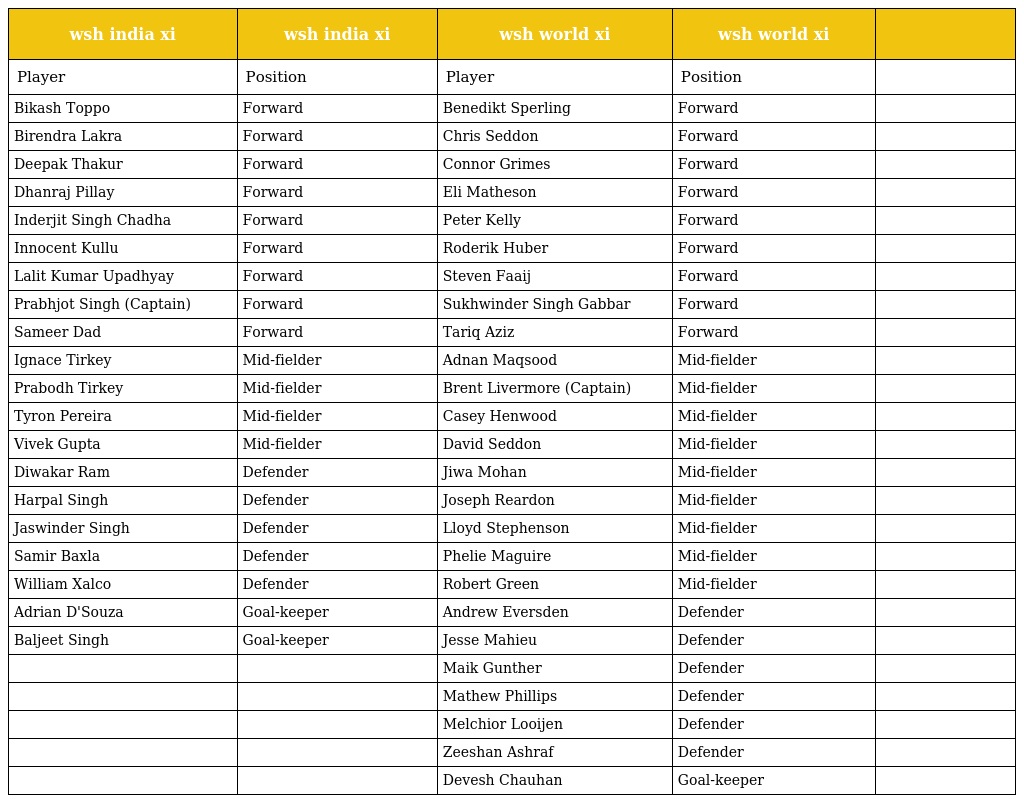
| wsh india xi | wsh india xi | wsh world xi | wsh world xi |  |
 | --- | --- | --- | --- | --- |
 | Player | Position | Player | Position |  |
 | Bikash Toppo | Forward | Benedikt Sperling | Forward |  |
 | Birendra Lakra | Forward | Chris Seddon | Forward |  |
 | Deepak Thakur | Forward | Connor Grimes | Forward |  |
 | Dhanraj Pillay | Forward | Eli Matheson | Forward |  |
 | Inderjit Singh Chadha | Forward | Peter Kelly | Forward |  |
 | Innocent Kullu | Forward | Roderik Huber | Forward |  |
 | Lalit Kumar Upadhyay | Forward | Steven Faaij | Forward |  |
 | Prabhjot Singh (Captain) | Forward | Sukhwinder Singh Gabbar | Forward |  |
 | Sameer Dad | Forward | Tariq Aziz | Forward |  |
 | Ignace Tirkey | Mid-fielder | Adnan Maqsood | Mid-fielder |  |
 | Prabodh Tirkey | Mid-fielder | Brent Livermore (Captain) | Mid-fielder |  |
 | Tyron Pereira | Mid-fielder | Casey Henwood | Mid-fielder |  |
 | Vivek Gupta | Mid-fielder | David Seddon | Mid-fielder |  |
 | Diwakar Ram | Defender | Jiwa Mohan | Mid-fielder |  |
 | Harpal Singh | Defender | Joseph Reardon | Mid-fielder |  |
 | Jaswinder Singh | Defender | Lloyd Stephenson | Mid-fielder |  |
 | Samir Baxla | Defender | Phelie Maguire | Mid-fielder |  |
 | William Xalco | Defender | Robert Green | Mid-fielder |  |
 | Adrian D'Souza | Goal-keeper | Andrew Eversden | Defender |  |
 | Baljeet Singh | Goal-keeper | Jesse Mahieu | Defender |  |
 |  |  | Maik Gunther | Defender |  |
 |  |  | Mathew Phillips | Defender |  |
 |  |  | Melchior Looijen | Defender |  |
 |  |  | Zeeshan Ashraf | Defender |  |
 |  |  | Devesh Chauhan | Goal-keeper |  |